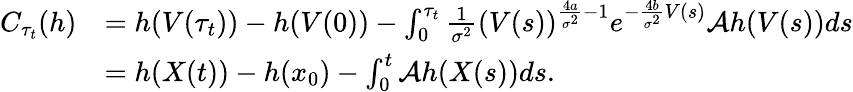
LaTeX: \begin{array}{rl}{C_{\tau_{t}}(h)}&{=h(V(\tau_{t}))-h(V(0))-\int_{0}^{\tau_{t}}\frac{1}{\sigma^{2}}\left(V(s)\right)^{\frac{4a}{\sigma^{2}}-1}e^{-\frac{4b}{\sigma^{2}}V(s)}\mathcal Ah(V(s))ds}\\ &{=h(X(t))-h(x_{0})-\int_{0}^{t}\mathcal Ah(X(s))ds.}\end{array}